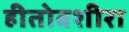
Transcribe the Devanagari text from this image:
हीतोबशीरा